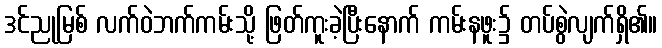
ဒင်ညုမြစ် လက်ဝဲဘက်ကမ်းသို့ ဖြတ်ကူးခဲ့ပြီးနောက် ကမ်းနဖူး၌ တပ်စွဲလျက်ရှိ၏။